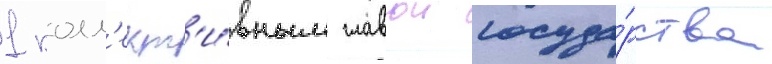
1 колл'ект'и́вным главои госуда́рства